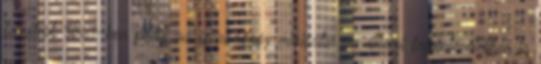
fenyítést, 1869-ben pedig az igazságügy-miniszter az állami fegyintézetekben is